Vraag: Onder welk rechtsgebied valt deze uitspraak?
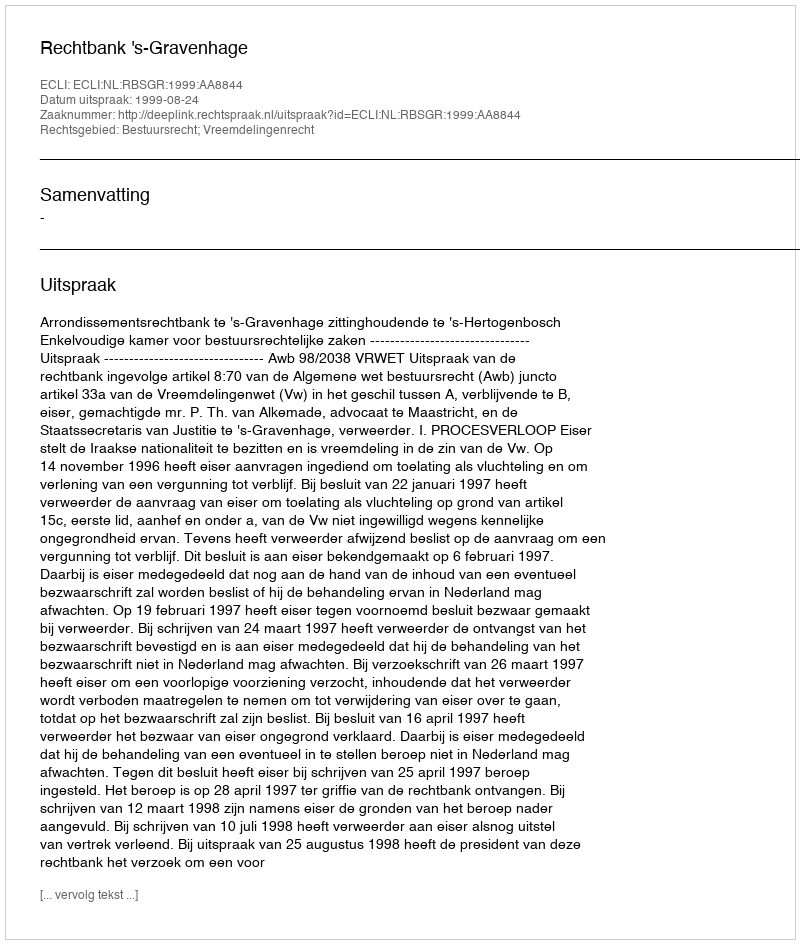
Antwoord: Bestuursrecht; Vreemdelingenrecht